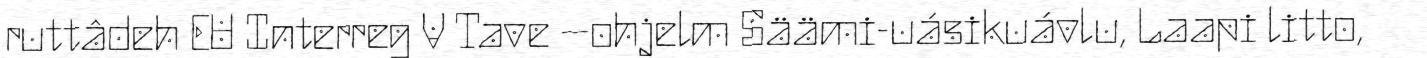
ruttâdeh EU Interreg V Tave –ohjelm Säämi-uásikuávlu, Laapi litto,